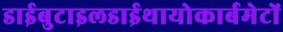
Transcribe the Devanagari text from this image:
डाईबुटाइलडाईथायोकार्बमेटों